Vabadussoja_Ajaloo_Komitee, lk 31
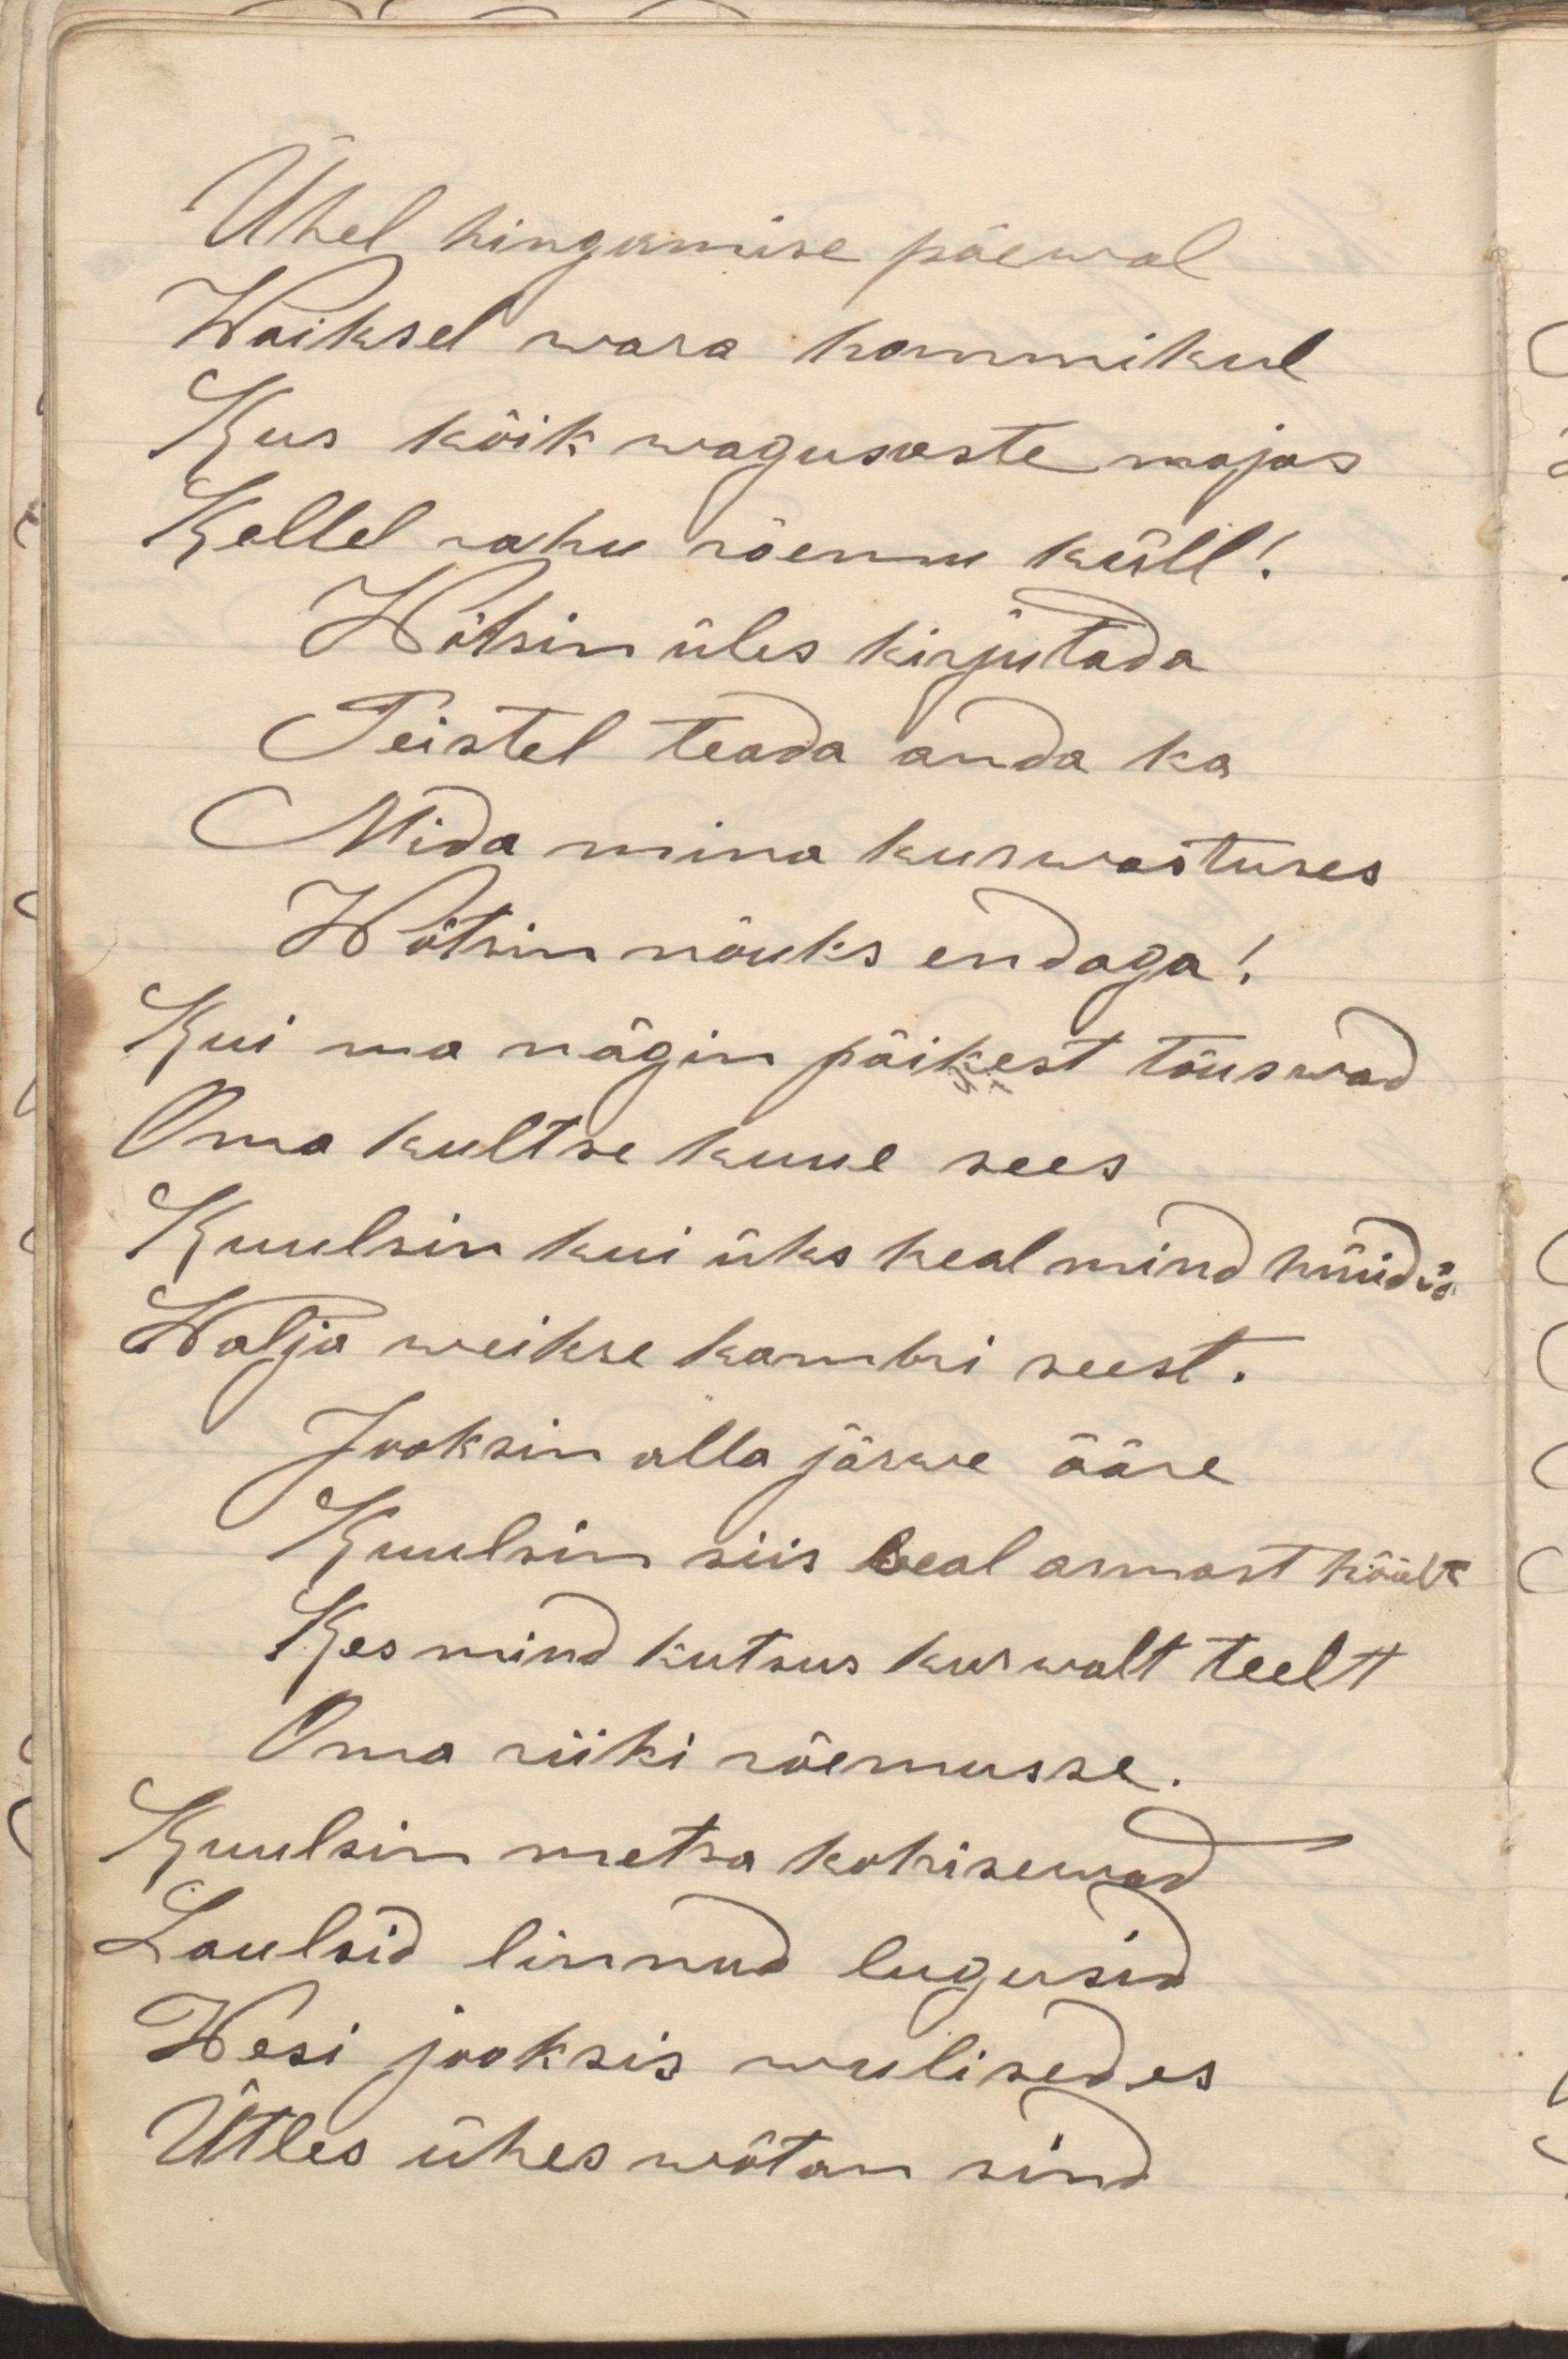
Ühel hingamise päeval
Waiksel wara hommikul
Kus kõik wagususte majas
Kellel rahu rõemu küll!
Wõtsin üles kirjutada
Teistel teada anda ka
Mida mina kurwatuses
Wõtsin nõuks endaga!
Kui ma nägin päikest tõuswad
Oma kultse kuue sees
Kuulsin kui üks heal mind hüüdis
Walju waikse kambri seest.
Jooksin alla järwe äärde
Kuulsin siis seal armast häält
Kes mind kutsus kurwalt teeltt
Oma riiki rõemusse.
Kuulsin metsa kohisewad
Laulsid linnud lugusid
Wesi jooksis wulisedes
Ütles ühes wõtan sind